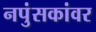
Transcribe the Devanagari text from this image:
नपुंसकांवर